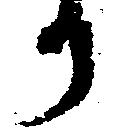
か